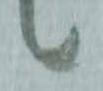
候